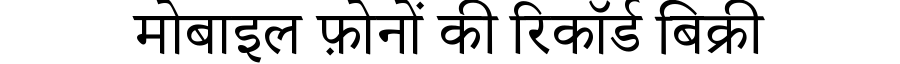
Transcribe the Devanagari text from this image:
मोबाइल फ़ोनों की रिकॉर्ड बिक्री